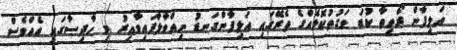
އަލިފާން ރޯވިތާ ކުޑަ ވަގުތުކޮޅެއްގެ ތެރޭގައި އަލިފާންގަނޑު ނިއްވާލާފައިވާއިރު މި ހާދިސާގައި އެއްވެސް